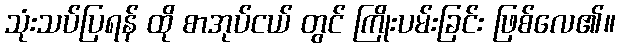
သုံးသပ်ပြရန် ထို စာအုပ်ငယ် တွင် ကြိုးပမ်းခြင်း ဖြစ်လေ၏။